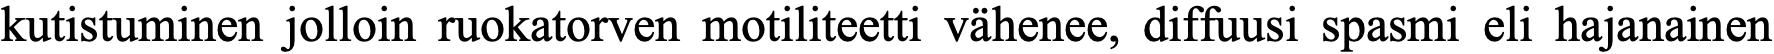
kutistuminen jolloin ruokatorven motiliteetti vähenee, diffuusi spasmi eli hajanainen